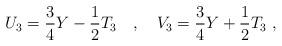
LaTeX: \begin{align*} U_3 = \dfrac{3}{4}Y - \dfrac{1}{2}T_3 \ \ \ , \ \ \ V_3 = \dfrac{3}{4}Y + \dfrac{1}{2}T_3 \ ,\end{align*}